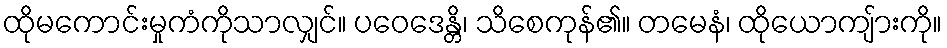
ထိုမကောင်းမှုကံကိုသာလျှင်။ ပဝေဒေန္တိ၊ သိစေကုန်၏။ တမေနံ၊ ထိုယောကျ်ားကို။